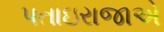
પતાઇરાજાએ